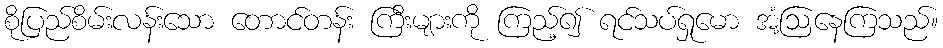
စိုပြည်စိမ်းလန်းသော တောင်တန်း ကြီးများကို ကြည့်၍ ရင်သပ်ရှုမော အံ့ဩနေကြသည်။